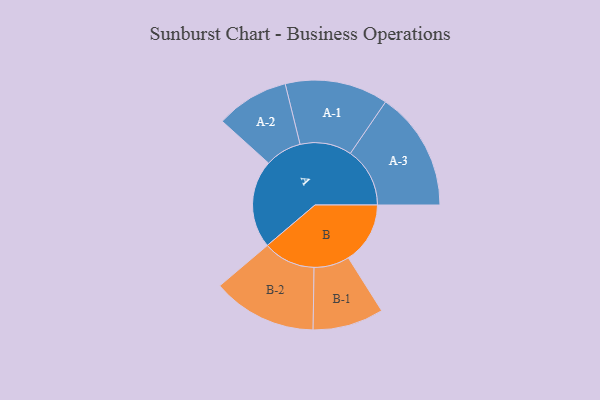
{"axis": {"x": "Segment", "y": "Value"}, "legend": ["", "A", "B"], "data": [{"x": "A", "y": 425, "type": ""}, {"x": "B", "y": 298, "type": ""}, {"x": "A-1", "y": 249, "type": "A"}, {"x": "A-2", "y": 176, "type": "A"}, {"x": "A-3", "y": 287, "type": "A"}, {"x": "B-1", "y": 171, "type": "B"}, {"x": "B-2", "y": 252, "type": "B"}]}